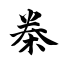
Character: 桊